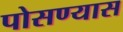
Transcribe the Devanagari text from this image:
पोसण्यास